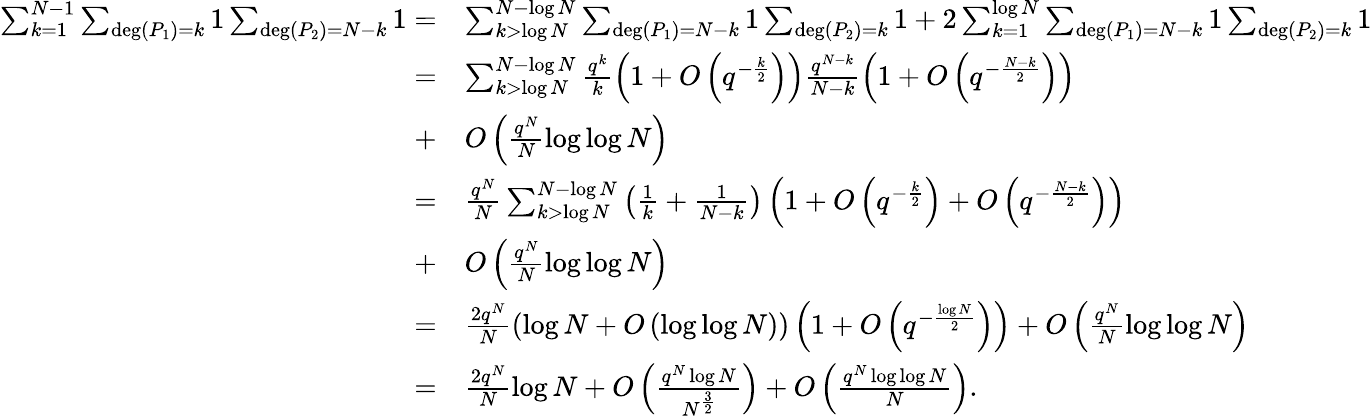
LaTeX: \begin{array}{rl}{\sum_{k=1}^{N-1}\sum_{\deg(P_{1})=k}1\sum_{\deg(P_{2})=N-k}1=}&{\sum_{k>\log N}^{N-\log N}\sum_{\deg(P_{1})=N-k}1\sum_{\deg(P_{2})=k}1+2\sum_{k=1}^{\log N}\sum_{\deg(P_{1})=N-k}1\sum_{\deg(P_{2})=k}1}\\ {=}&{\sum_{k>\log N}^{N-\log N}\frac{q^{k}}{k}\left(1+O\left(q^{-\frac{k}{2}}\right)\right)\frac{q^{N-k}}{N-k}\left(1+O\left(q^{-\frac{N-k}{2}}\right)\right)}\\ {+}&{O\left(\frac{q^{N}}{N}\log\log N\right)}\\ {=}&{\frac{q^{N}}{N}\sum_{k>\log N}^{N-\log N}\left(\frac{1}{k}+\frac{1}{N-k}\right)\left(1+O\left(q^{-\frac{k}{2}}\right)+O\left(q^{-\frac{N-k}{2}}\right)\right)}\\ {+}&{O\left(\frac{q^{N}}{N}\log\log N\right)}\\ {=}&{\frac{2q^{N}}{N}\left(\log N+O\left(\log\log N\right)\right)\left(1+O\left(q^{-\frac{\log N}{2}}\right)\right)+O\left(\frac{q^{N}}{N}\log\log N\right)}\\ {=}&{\frac{2q^{N}}{N}\log N+O\left(\frac{q^{N}\log N}{N^{\frac{3}{2}}}\right)+O\left(\frac{q^{N}\log\log N}{N}\right).}\end{array}